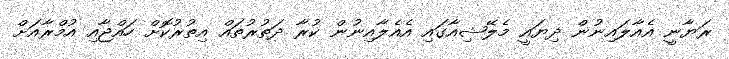
ރަޔާނީ އެއާލައިނުން ދިޔައީ މެލޭޝިއާގައި އެއެލާއިނުން ކުރާ ދަތުރުތައް އިތުރުކޮށް ހައްޖާއި އުމްރާއަށް